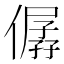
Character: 僝